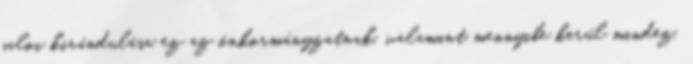
saloi kirándulása ez az önkormányzatnak, valamint mennyibe kerül mindez,